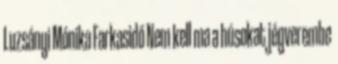
Luzsányi Mónika Farkasidő Nem kell ma a húsokat jégverembe